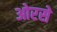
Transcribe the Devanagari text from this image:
ओरसे